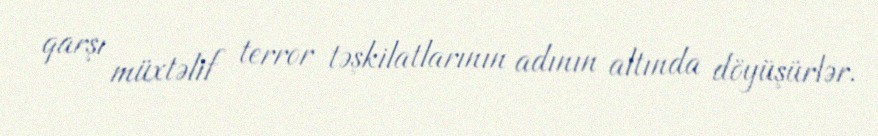
qarşı müxtəlif terror təşkilatlarının adının altında döyüşürlər.